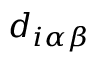
d _ { i \alpha \beta }